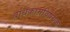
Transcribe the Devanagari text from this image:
बांधकामविषयक